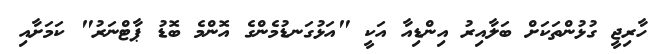
ހާރިޖީ ގުޅުންތަކަށް ބަލާއިރު އިންޑިއާ އަކީ "އަޅުގަނޑުމެންގެ އޮންމެ ބޮޑު ޕާޓްނަރު" ކަމަށާއި